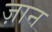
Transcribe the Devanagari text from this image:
ज़ान